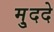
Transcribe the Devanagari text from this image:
मु्ददे